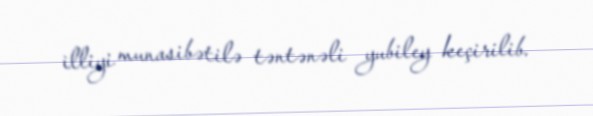
illiyi munasibətilə təntənəli yubiley keçirilib.